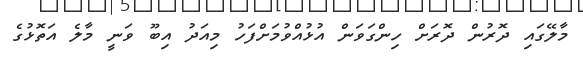
މާލޭގައި ދޮރުން ދޮރަށް ހިންގަވަން އުޅުއްވުމަށްފަހު މިއަދު އިބޫ ވަނީ މާލެ އަތޮޅުގެ